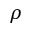
\rho